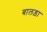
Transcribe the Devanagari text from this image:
बालड़ा